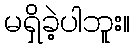
မရှိခဲ့ပါဘူး။